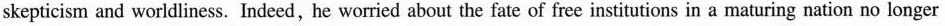
skepticism and worldliness. Indeed,he woried about the fate of free institutions in a maturing nation no longer